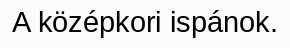
A középkori ispánok.